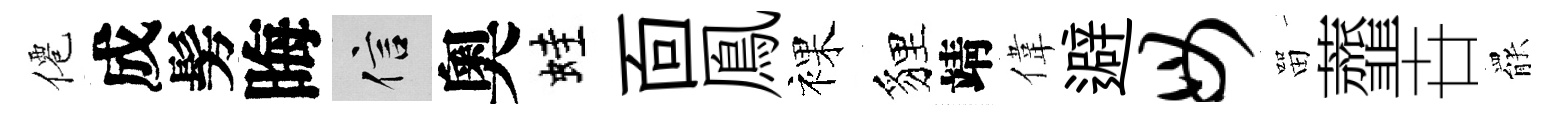
僊成髣晦信奧蛙靣鳯裸貍靖偉避毋㽞虀卋罷